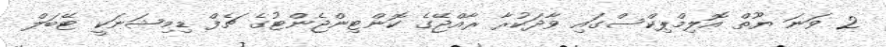
2 ވަނަ ޔޫތް އޮލިމްޕިކްސްގައި ވާދަކުރާ ރާއްޖޭގެ ކޮންޓިންޖެންޓުގެ ޗެފް ޑިމިޝަނަކީ ޓޭބަލް